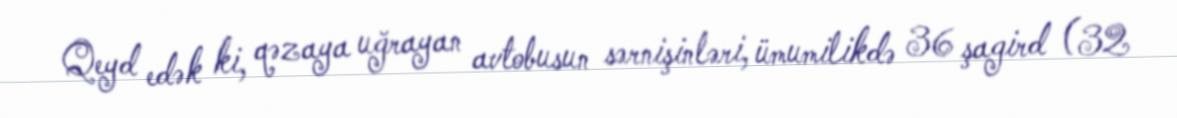
Qeyd edək ki, qəzaya uğrayan avtobusun sərnişinləri, ümumilikdə 36 şagird (32